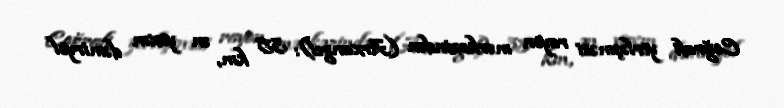
Coğrafi yerləşməsi rayon mərkəzindən (Arxangel): 35 km, ən yaxın dəmiryol